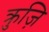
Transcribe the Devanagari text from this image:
क्रुज़ि